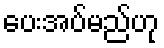
ပေးအပ်မည်ဟု